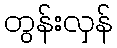
တွန်းလှန်